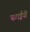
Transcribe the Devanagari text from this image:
चटाईयों